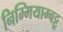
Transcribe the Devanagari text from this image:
निम्मियाम्बट्टू